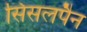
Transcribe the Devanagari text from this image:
सिसलपैन